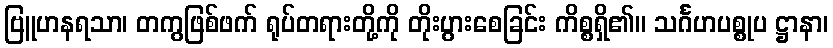
ဗြူဟနရသာ၊ တကွဖြစ်ဖက် ရုပ်တရားတို့ကို တိုးပွားစေခြင်း ကိစ္စရှိ၏။ သင်္ဂဟပစ္စုပ ဋ္ဌာနာ၊